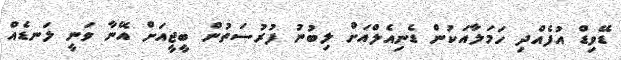
ޑޭވިޑް އުފެއްދި ހަމަލާއަކުން ޑެނިއެލްއަށް ލިބުނު ފުރުސަތުން ބީޖީއަށް އޭނާ ވަނީ ލަނޑެއް